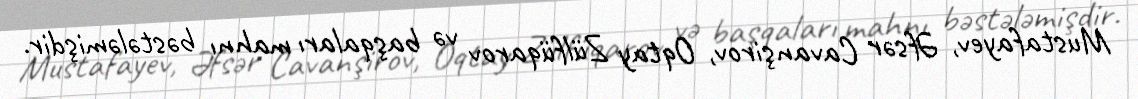
Mustafayev, Əfsər Cavanşirov, Oqtay Zülfüqarov və başqaları mahnı bəstələmişdir.